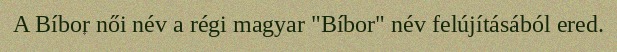
A Bíbor női név a régi magyar "Bíbor" név felújításából ered.